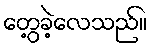
တွေ့ခဲ့လေသည်။